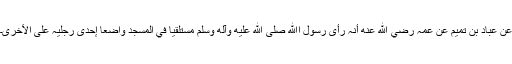
عَنْ عَبَّادِ بْنِ تَمِیْمٍ عَنْ عَمِّہٖ رضي الله عنه أَنَّہٗ رَأَی رَسُوْلَ اﷲِ صلى الله عليه وآله وسلم مُسْتَلْقِیًا فِي الْمَسْجِدِ وَاضِعًا إِحْدَی رِجْلَیْہِ عَلَی الْأُخْرَی۔